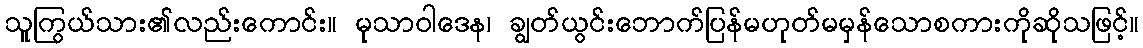
သူကြွယ်သား၏လည်းကောင်း။ မုသာဝါဒေန၊ ချွတ်ယွင်းဘောက်ပြန်မဟုတ်မမှန်သောစကားကိုဆိုသဖြင့်။